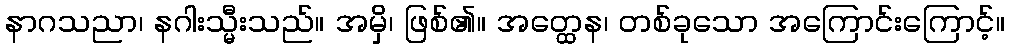
နာဂသညာ၊ နဂါးသ္မီးသည်။ အမှိ၊ ဖြစ်၏။ အတ္ထေန၊ တစ်ခုသော အကြောင်းကြောင့်။